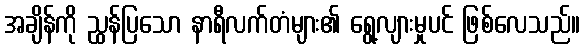
အချိန်ကို ညွှန်ပြသော နာရီလက်တံများ၏ ရွေ့လျားမှုပင် ဖြစ်လေသည်။